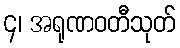
၄၊ အရုဏဝတီသုတ်